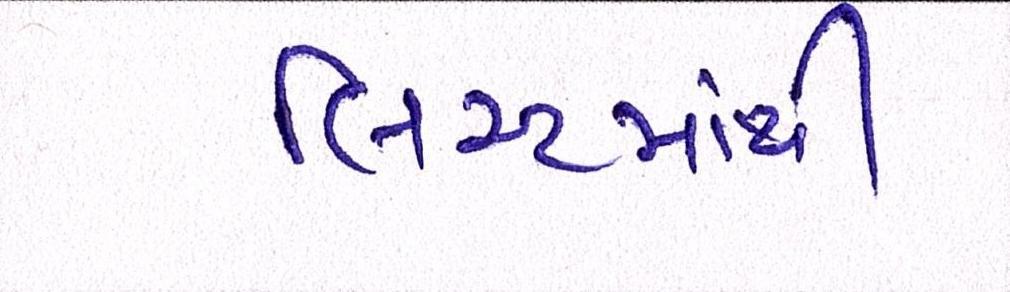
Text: લિસ્ટમાંથી